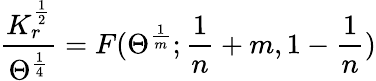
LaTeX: \frac{K_{r}^{\frac{1}{2}}}{\Theta^{\frac{1}{4}}}=F(\Theta^{\frac{1}{m}};\frac{1}{n}+m,1-\frac{1}{n})